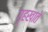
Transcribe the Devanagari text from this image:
गृहखाते